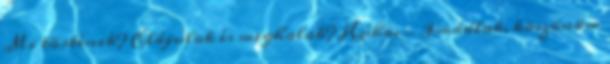
Mi történik? Elájulok és meghalok? Húha. - Imádlak, köszönöm